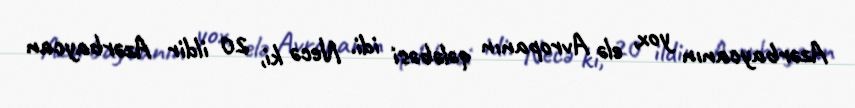
Azərbaycanın yox, elə Avropanın qələbəsi idi. Necə ki, 20 ildir Azərbaycan